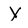
Character: X